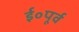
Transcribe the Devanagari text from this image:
ई॰पूर्व